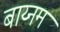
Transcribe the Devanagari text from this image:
बाय्नम